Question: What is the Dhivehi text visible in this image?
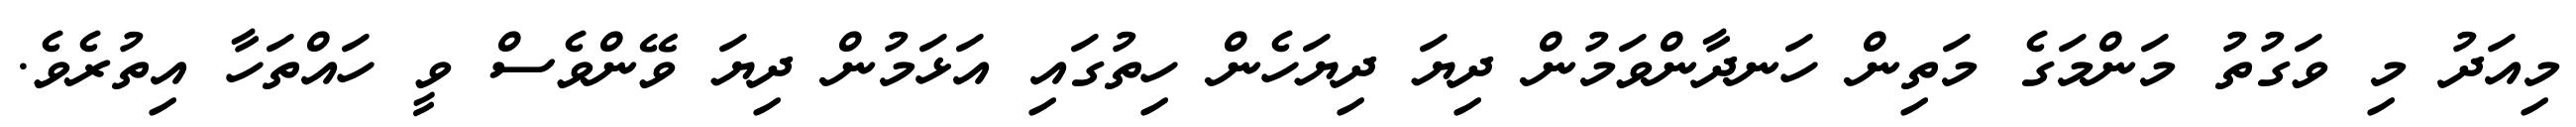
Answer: މިއަދު މި ވަގުތު މަންމަގެ މަތިން ހަނދާންވަމުން ދިޔަ ދިޔަހެން ހިތުގައި އަޅަމުން ދިޔަ ވޭންވެސް ވީ ހައްތަހާ އިތުރެވެ.